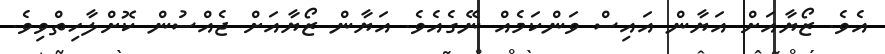
އެވެ. ޒޯޔާއަށް އަޔާން އައިސް ވަންކަމެއް ނޭގެއެވެ. އަޔާން ޒޯޔާއަށް ޖެއްސުން ކޮށްލާހިތްވިވެ.